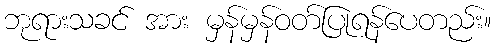
ဘုရားသခင် အား မှန်မှန်ဝတ်ပြုရန်ပေတည်း။